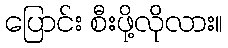
ပြောင်း စီးဖို့လိုလား။